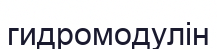
гидромодулін